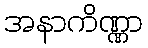
အနာကိဏ္ဏာ